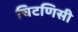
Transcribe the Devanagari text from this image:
चिटणिसी